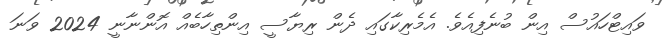
ވައިޓްހައުސް އިން ބުނެފިއެވެ. އެމެރިކާގައި ދެން ރިޔާސީ އިންތިހާބެއް އޮންނާނީ 2024 ވަނަ